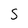
Character: S